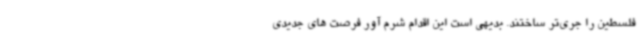
فلسطین را جری‌تر ساختند. بدیهی است این اقدام شرم آور فرصت های جدیدی